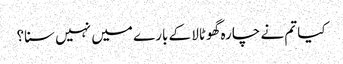
کیا تم نے چارہ گھوٹالا کے بارے میں نہیں سنا؟